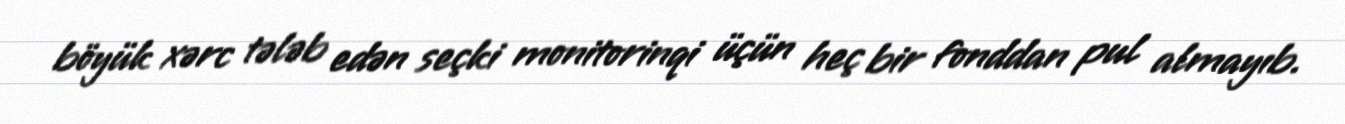
böyük xərc tələb edən seçki monitorinqi üçün heç bir fonddan pul almayıb.